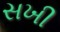
સખી